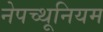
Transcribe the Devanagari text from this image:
नेपच्थूनियम